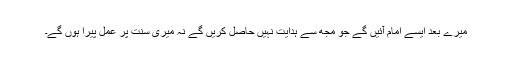
میرے بعد ایسے امام آئیں گے جو مجھ سے ہدایت نہیں حاصل کریں گے نہ میری سنت پر عمل پیرا ہوں گے۔